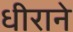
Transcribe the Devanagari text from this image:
धीराने